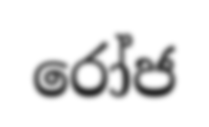
රෝජ